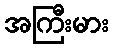
အကြီးမား